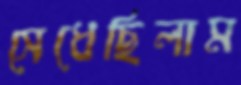
সেধেছিলাম